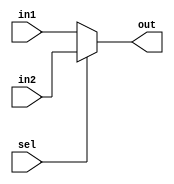
/**************************************************************************************************/
/**************************************************************************************************/
/*****************************		Author: Alyaa Mohamed 	***************************************/
/*****************************		Module: Multiplixer   	***************************************/
/**************************************************************************************************/
/**************************************************************************************************/

module mux 
#(parameter width=16)
(
    input  wire      [width-1:0]     in1	,
    input  wire      [width-1:0]     in2	,
    input  wire                      sel	,
    
	output reg   	[width-1:0]      out  
	
);

/***************************************************************************************************/
/***************************************************************************************************/

	always @(*)
		begin
			
			if (sel)
				begin
				
					out=in2					;
				
				end
			else
				begin
				
					out=in1					;
				
				end
		
		end 

endmodule